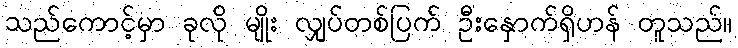
သည်ကောင့်မှာ ခုလို မျိုး လျှပ်တစ်ပြက် ဦးနှောက်ရှိဟန် တူသည်။